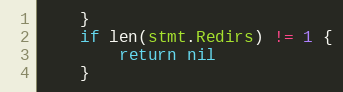
Language: Go
	}
	if len(stmt.Redirs) != 1 {
		return nil
	}